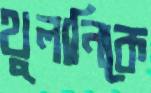
থুলানিকে